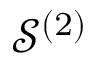
\mathcal { S } ^ { ( 2 ) }